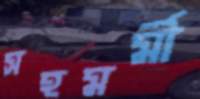
সহমর্মী